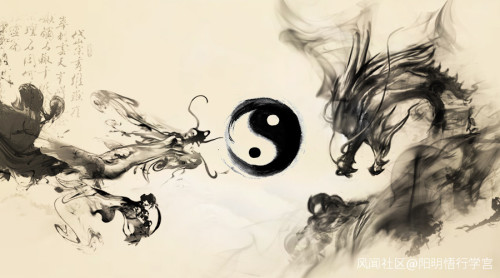
螣蛇无足而飞，梧鼠五技而穷。